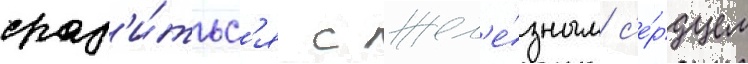
сраз'и́тьс'я с жел'е́зным с'е́рдцем